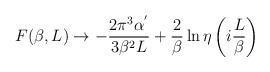
\begin{align*}F(\beta,L)\rightarrow -\frac{2\pi^{3}\alpha^{'}}{3\beta^{2}L}+ \frac{2}{\beta}\ln{\eta\left(i\frac{L}{\beta}\right)}\end{align*}